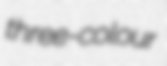
three-colour